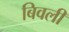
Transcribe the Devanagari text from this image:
बिवली